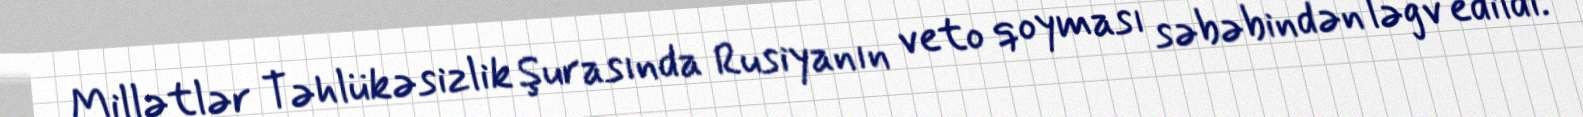
Millətlər Təhlükəsizlik Şurasında Rusiyanın veto qoyması səbəbindən ləğv edildi.